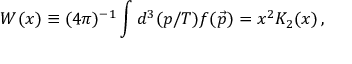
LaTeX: W ( x ) \equiv ( 4 \pi ) ^ { - 1 } \int d ^ { 3 } ( p / T ) f ( \vec { p } ) = x ^ { 2 } K _ { 2 } ( x ) \, ,